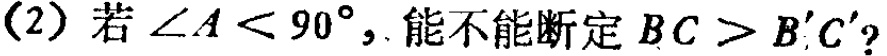
(2) 若\(\angle A < 90^{\circ}\)，能不能断定\(BC > B'C'\)？